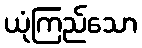
ယုံကြည်သော